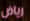
رياض